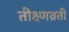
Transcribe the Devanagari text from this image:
तीक्ष्णव्रती